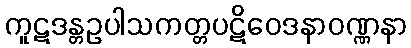
ကူဋဒန္တဥပါသကတ္တပဋိဝေဒနာဝဏ္ဏနာ